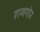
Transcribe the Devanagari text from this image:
राजगोर